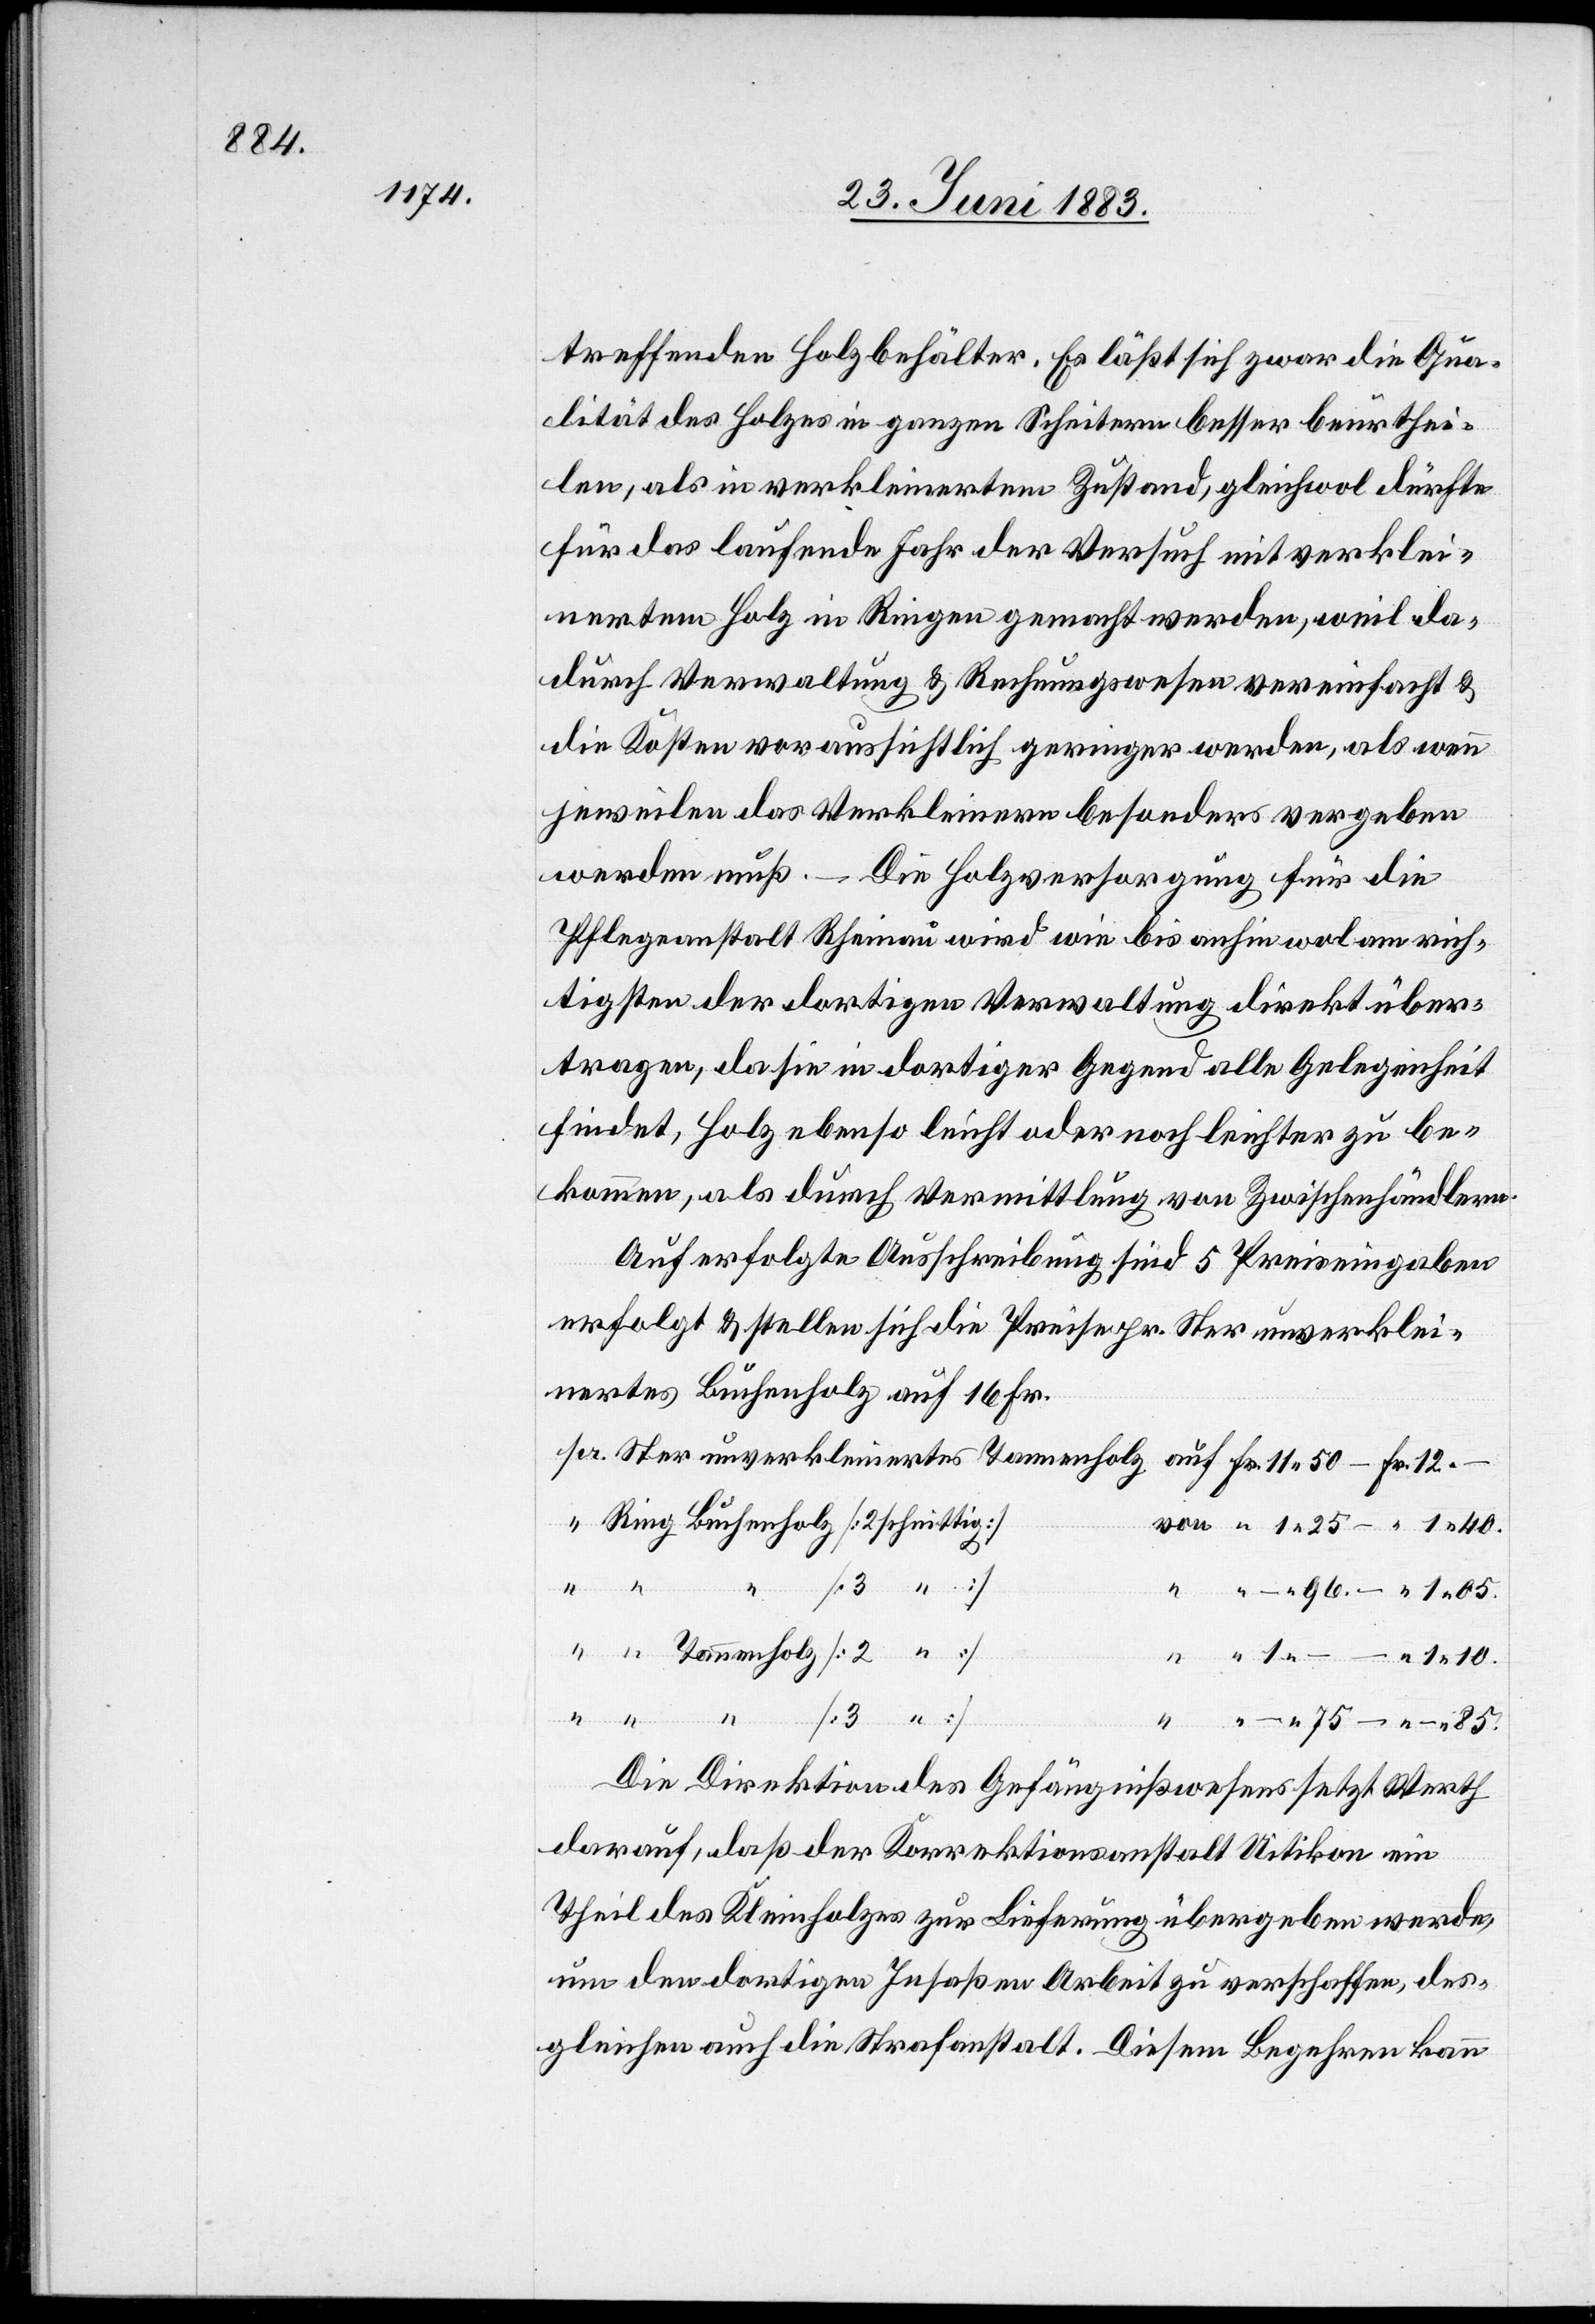
treffenden Holzbehälter. Es läßt sich zwar die Qua¬
lität des Holzes in ganzen Scheitern besser beurthei¬
len, als in verkleinertem Zustand, gleichwol dürfte
für das laufende Jahr der Versuch mit verklei¬
nertem Holz in Ringen gemacht werden, weil da¬
durch Verwaltung & Rechnungswesen vereinfacht &
die Kosten voraussichtlich geringer werden, als wenn
jeweilen das Verkleinern besonders vergeben
werden muß. – Die Holzversorgung für die
Pflegeanstalt Rheinau wird wie bis anhin wol am rich¬
tigsten der dortigen Verwaltung direkt über¬
tragen, da sie in dortiger Gegend alle Gelegenheit
findet, Holz ebenso leicht oder noch leichter zu be¬
kommen, als durch Vermittlung von Zwischenhändlern.
Auf erfolgte Ausschreibung sind 5 Preiseingaben
erfolgt & stellen sich die Preise per Ster unverklei¬
nertes Buchenholz auf 16 Fr.
[3 “ ]
Die Direktion des Gefängnißwesens setzt Werth
darauf, daß der Korrektionsanstalt Uitikon ein
Theil des Kleinholzes zur Lieferung übergeben werde,
um den dortigen Insassen Arbeit zu verschaffen, des¬
gleichen auch die Strafanstalt. Diesem Begehren kann